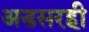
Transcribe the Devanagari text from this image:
अडसरही